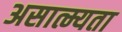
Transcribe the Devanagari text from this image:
असात्म्यता